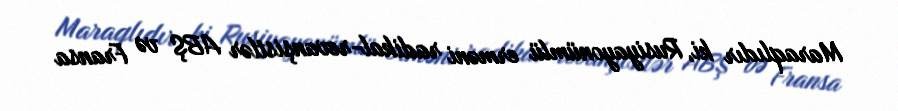
Maraqlıdır ki, Rusiyayonümlü erməni radikal-revanşistlər ABŞ və Fransa